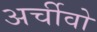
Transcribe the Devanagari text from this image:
अर्चीवो